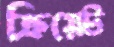
ক্রিয়েট